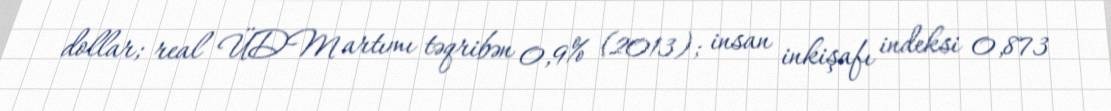
dollar; real ÜDM artımı təqribən 0,9% (2013); insan inkişafı indeksi 0,873